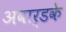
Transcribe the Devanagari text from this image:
अवार्डके